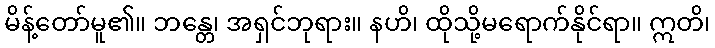
မိန့်တော်မူ၏။ ဘန္တေ၊ အရှင်ဘုရား။ နဟိ၊ ထိုသို့မရောက်နိုင်ရာ။ ဣတိ၊